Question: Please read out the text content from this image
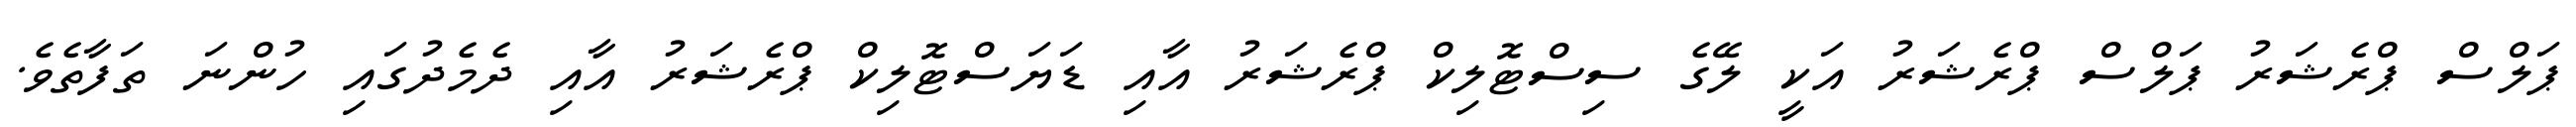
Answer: ޕަލްސް ޕްރެޝަރު ޕަލްސް ޕްރެޝަރު އަކީ ލޭގެ ސިސްޓޮލިކް ޕްރެޝަރު އާއި ޑަޔަސްޓޮލިކް ޕްރެޝަރު އާއި ދެމެދުގައި ހުންނަ ތަފާތެވެ.